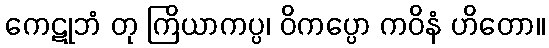
ကေဋုဘံ တု ကြိယာကပ္ပ၊ ဝိကပ္ပော ကဝိနံ ဟိတော။